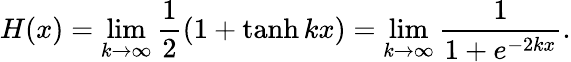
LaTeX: H(x)=\operatorname*{lim}_{k\rightarrow\infty}{\frac{1}{2}}(1+\operatorname{tanh}kx)=\operatorname*{lim}_{k\rightarrow\infty}{\frac{1}{1+e^{-2kx}}}.